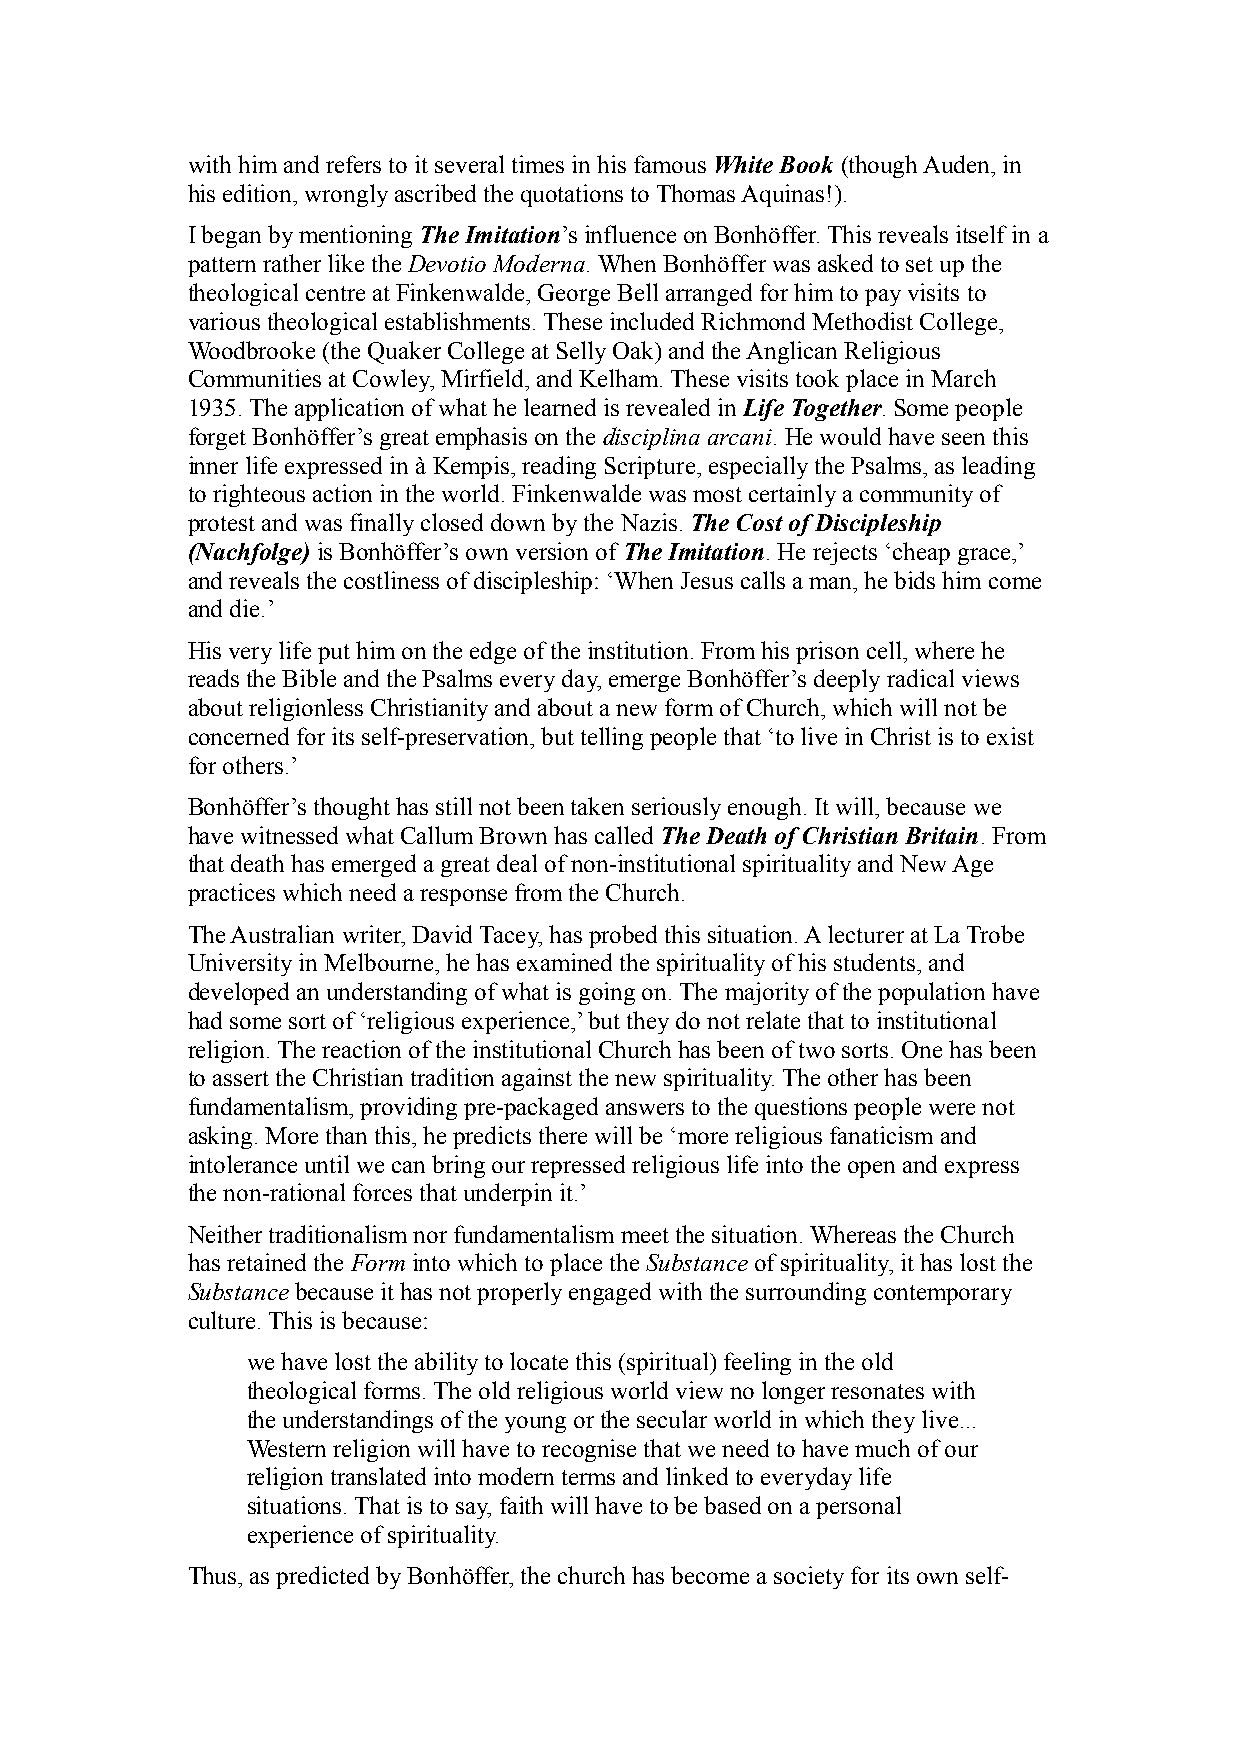
with him and refers to it several times in his famous White Book (though Auden, in
 his edition, wrongly ascribed the quotations to Thomas Aquinas!).
 I began by mentioning The Imitation’s influence on Bonhöffer. This reveals itself in a
 pattern rather like the Devotio Moderna. When Bonhöffer was asked to set up the
 theological centre at Finkenwalde, George Bell arranged for him to pay visits to
 various theological establishments. These included Richmond Methodist College,
 Woodbrooke (the Quaker College at Selly Oak) and the Anglican Religious
 Communities at Cowley, Mirfield, and Kelham. These visits took place in March
 1935. The application of what he learned is revealed in Life Together. Some people
 forget Bonhöffer’s great emphasis on the disciplina arcani. He would have seen this
 inner life expressed in à Kempis, reading Scripture, especially the Psalms, as leading
 to righteous action in the world. Finkenwalde was most certainly a community of
 protest and was finally closed down by the Nazis. The Cost of Discipleship
 (Nachfolge) is Bonhöffer’s own version of The Imitation. He rejects ‘cheap grace,’
 and reveals the costliness of discipleship: ‘When Jesus calls a man, he bids him come
 and die.’
 His very life put him on the edge of the institution. From his prison cell, where he
 reads the Bible and the Psalms every day, emerge Bonhöffer’s deeply radical views
 about religionless Christianity and about a new form of Church, which will not be
 concerned for its self-preservation, but telling people that ‘to live in Christ is to exist
 for others.’
 Bonhöffer’s thought has still not been taken seriously enough. It will, because we
 have witnessed what Callum Brown has called The Death of Christian Britain. From
 that death has emerged a great deal of non-institutional spirituality and New Age
 practices which need a response from the Church.
 The Australian writer, David Tacey, has probed this situation. A lecturer at La Trobe
 University in Melbourne, he has examined the spirituality of his students, and
 developed an understanding of what is going on. The majority of the population have
 had some sort of ‘religious experience,’ but they do not relate that to institutional
 religion. The reaction of the institutional Church has been of two sorts. One has been
 to assert the Christian tradition against the new spirituality. The other has been
 fundamentalism, providing pre-packaged answers to the questions people were not
 asking. More than this, he predicts there will be ‘more religious fanaticism and
 intolerance until we can bring our repressed religious life into the open and express
 the non-rational forces that underpin it.’
 Neither traditionalism nor fundamentalism meet the situation. Whereas the Church
 has retained the Form into which to place the Substance of spirituality, it has lost the
 Substance because it has not properly engaged with the surrounding contemporary
 culture. This is because:
 we have lost the ability to locate this (spiritual) feeling in the old
 theological forms. The old religious world view no longer resonates with
 the understandings of the young or the secular world in which they live...
 Western religion will have to recognise that we need to have much of our
 religion translated into modern terms and linked to everyday life
 situations. That is to say, faith will have to be based on a personal
 experience of spirituality.
 Thus, as predicted by Bonhöffer, the church has become a society for its own self-